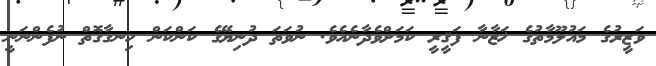
ވަޒީރުގެ މައުލޫމާތުގެ ޚަޒާނާ ފަޤީރީ ކަމަށްވެދާނެއެވެ. ނުވަތަ ދުނިޔޭގެ ކަންކަން ހިނގާގޮތް ނުފެންނަނީ